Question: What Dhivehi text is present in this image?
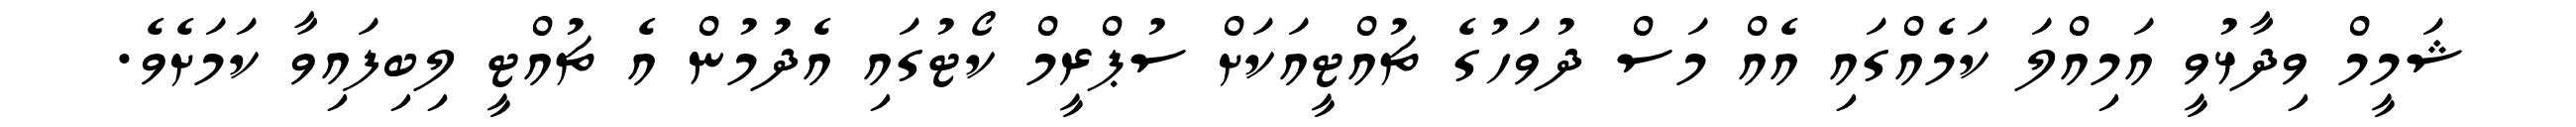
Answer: ޝަމީމް ވިދާޅުވީ އަމިއްލަ ކަމެއްގައި އެއް މަސް ދުވަހުގެ ޗުއްޓީއަކަށް ސުޕްރީމް ކޯޓުގައި އެދުމުން އެ ޗުއްޓީ ލިބިފައިވާ ކަމަށެވެ.